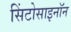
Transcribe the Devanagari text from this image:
सिंटोसाइनॉन